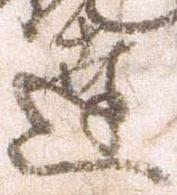
達